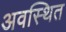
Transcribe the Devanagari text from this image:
अवस्‍थित